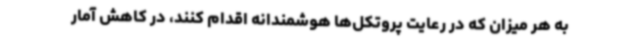
به هر میزان که‌ در رعایت پروتکل‌ها هوشمندانه اقدام کنند، در کاهش آمار